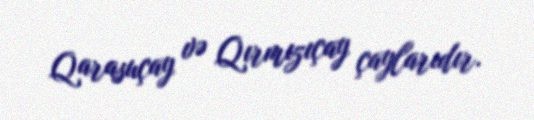
Qarasuçay və Qırmızıçay çaylarıdır.